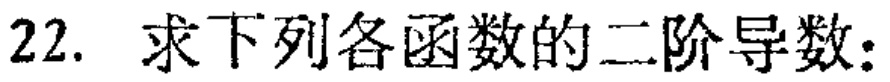
22. 求下列各函数的二阶导数：